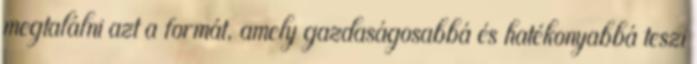
megtalálni azt a formát, amely gazdaságosabbá és hatékonyabbá teszi